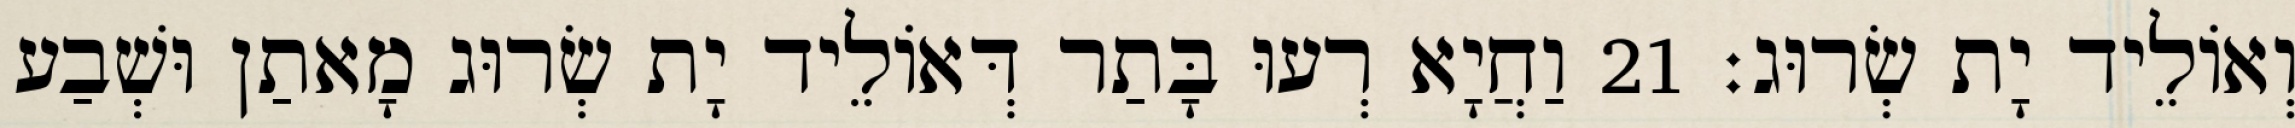
וְאוֹלֵיד יָת שְׂרוּג׃ 21 וַחֲיָא רְעוּ בָּתַר דְּאוֹלֵיד יָת שְׂרוּג מָאתַן וּשְׁבַע